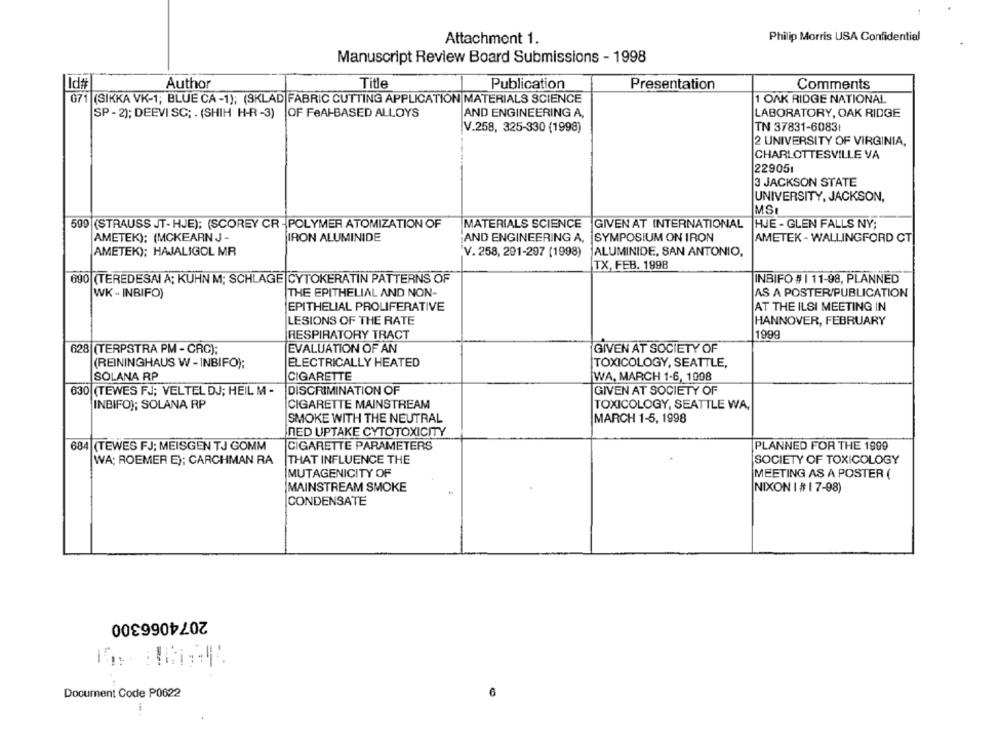
Philip Morris USA Confidential
Attachment 1.
Manuscript Review Board Submissions - 1998
Id#
Author
Title
Publication
Presentation
Comments
071 (SIKKA VK-1; BLUE CA -1); (SKLAD FABRIC CUTTING APPLICATION MATERIALS SCIENCE
1 OAK RIDGE NATIONAL
SP - 2); DEEVI SC; . (SHIH H-R -3) |OF FeAH-BASED ALLOYS
AND ENGINEERING A,
LABORATORY, OAK RIDGE
V.258, 325-330 (1998)
TN 37831-60831
2 UNIVERSITY OF VIRGINIA,
CHARLOTTESVILLE VA
229051
3 JACKSON STATE
UNIVERSITY, JACKSON,
MSI
599 (STRAUSS JT-HJE); (SCOREY CR - POLYMER ATOMIZATION OF
MATERIALS SCIENCE GIVEN AT INTERNATIONAL HJE - GLEN FALLS NY;
AMETEK): (MCKEARN J -
IRON ALUMINIDE
'AND ENGINEERING A, SYMPOSIUM ON IRON
AMETEK - WALLINGFORD CT
AMETEK); HAJALIGOL MR
V. 258, 291-297 (1998)
ALUMINIDE, SAN ANTONIO,
TX, FEB. 1998
690 (TEREDESAI A; KUHN M; SCHLAGE CYTOKERATIN PATTERNS OF
INBIFO # | 11-98, PLANNED
WK - INBIFO)
THE EPITHELIAL AND NON-
AS A POSTER/PUBLICATION
EPITHELIAL PROLIFERATIVE
AT THE ILSI MEETING IN
LESIONS OF THE RATE
HANNOVER, FEBRUARY
1999
RESPIRATORY TRACT
628 (TERPSTRA PM - CRC):
GIVEN AT SOCIETY OF
EVALUATION OF AN
(REININGHAUS W - INBIFO);
ELECTRICALLY HEATED
TOXICOLOGY, SEATTLE,
SOLANA RP
CIGARETTE
WA, MARCH 1-6, 1008
630 (TEWES FJ; VELTEL DJ; HEIL M -
DISCRIMINATION OF
GIVEN AT SOCIETY OF
INBIFO); SOLANA RP
CIGARETTE MAINSTREAM
TOXICOLOGY, SEATTLE WA,
SMOKE WITH THE NEUTRAL
MARCH 1-5, 1998
NED UPTAKE CYTOTOXICITY
684 (TEWES FJ; MEISGEN TJ GOMM
CIGARETTE PARAMETERS
PLANNED FOR THE 1999
WA; ROEMER E); CARCHMAN RA
THAT INFLUENCE THE
SOCIETY OF TOXICOLOGY
MUTAGENICITY OF
MEETING AS A POSTER (
MAINSTREAM SMOKE
NIXON I # 1 7-98)
CONDENSATE
2074066300
-
Document Code P0622